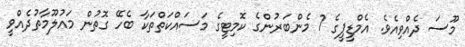
މޫސަ ދެއްވިއެވެ. އެމްޑީޕީގެ 7 މެންބަރުންގެ ކޮމިޓީގެ މަސައްކަތްތަކާ ބެހޭ ގޮތުން މައުލޫމާތުދެއްވީ